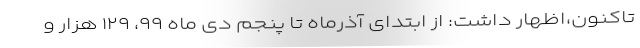
تاکنون،اظهار داشت: از ابتدای آذرماه تا پنجم دی ماه ۹۹، ۱۲۹ هزار و